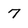
Character: 7